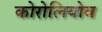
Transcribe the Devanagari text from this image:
कोरोलियोव